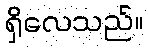
ရှိလေသည်။